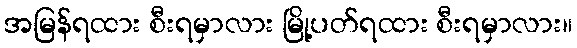
အမြန်ရထား စီးရမှာလား မြို့ပတ်ရထား စီးရမှာလား။